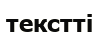
текстті